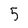
Character: 5